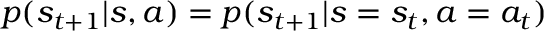
p ( s _ { t + 1 } | s , a ) = p ( s _ { t + 1 } | s = s _ { t } , a = a _ { t } )